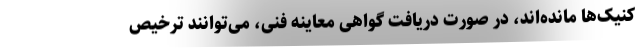
کنیک‌ها مانده‌اند، در صورت دریافت گواهی معاینه فنی، می‌توانند ترخیص